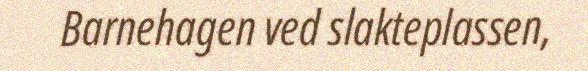
Barnehagen ved slakteplassen,